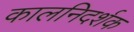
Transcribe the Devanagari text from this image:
कालनिदर्शक